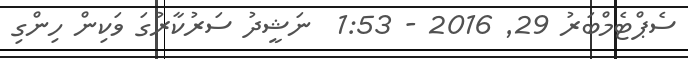
ސެޕްޓެމްބަރު 29